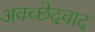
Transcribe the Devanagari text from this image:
अवच्छेदवाद